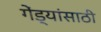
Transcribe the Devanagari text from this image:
गेंड्यांसाठी